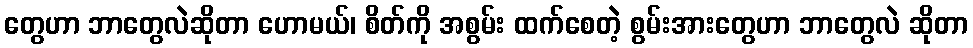
တွေဟာ ဘာတွေလဲဆိုတာ ဟောမယ်၊ စိတ်ကို အစွမ်း ထက်စေတဲ့ စွမ်းအားတွေဟာ ဘာတွေလဲ ဆိုတာ